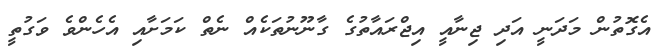
އެގޮތުން މަދަނީ އަދި ޖިނާއީ އިޖްރައާތުގެ ގާނޫނުތަކެއް ނެތް ކަމަށާއި އެހެންވެ ވަގުތީ